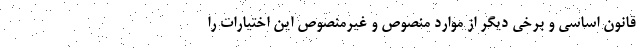
قانون اساسی و برخی دیگر از موارد منصوص و غیرمنصوص این اختیارات را